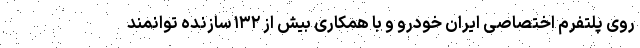
روی پلتفرم اختصاصی ایران خودرو و با همکاری بیش از ۱۳۲ سازنده توانمند